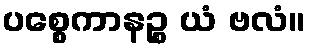
ပစ္စေကာနဉ္စ ယံ ဗလံ။